Medical and sanitary report of the native army of Madras for the year
Year: 1875
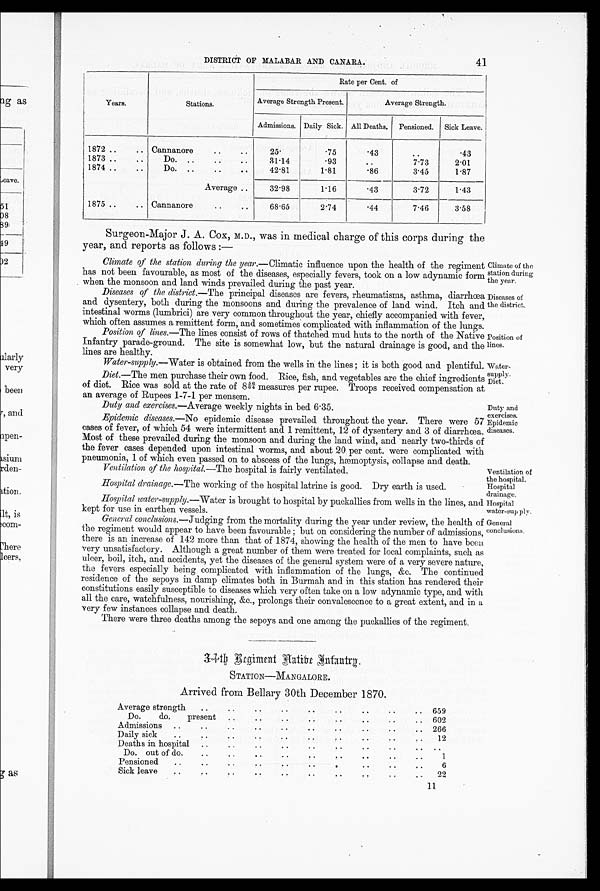
41
DISTRICT OF MALABAR AND CANARA.
Years.
Stations.
Rate per Cent. of
Average Strength Present.
Average Strength.
Admissions. Daily Sick. All Deaths.
Pensioned.
Sick Leave.
1872..
.. Cannanore..
..
2 5 .
.75
.43
..
.43
1873..
..
Do. ....
..
31.14
.93
..
7.73
2.01
1874..
..
Do. ....
..
42.81
1.81
.86
3.45
1.87
Average ..
32.98
1.16
.43
3.72
1.43
1875..... Cannanore..
68.65
2.74
.44
7.46
3.58
Surgeon-Major J. A. Cox, M.D., was in medical charge of this corps during the
year, and reports as follows :—
Climate of the station during the year. —Climatic influence upon the health of the regiment
has not been favourable, as most of the diseases, especially fevers, took on a low adynamic form
when the monsoon and land winds prevailed during the past year.
Diseases of the district. —The principal diseases are fevers, rheumatisms, asthma, diarrhœa
and dysentery, both during the monsoons and during the prevalence of land wind. Itch and
intestinal worms (lumbrici) are very common throughout the year, chiefly accompanied with fever,
which often assumes a remittent form, and sometimes complicated with inflammation of the lungs.
Position of lines.—The lines consist of rows of thatched mud huts to the north of the Native
Infantry parade-ground. The site is somewhat low, but the natural drainage is good, and the
lines are healthy.
Water-supply.—Water is obtained from the wells in: the lines ; it is both good and plentiful.
Diet.— The men purchase their own food. Rice, fish, and vegetables are the chief ingredients
of diet. Rice was sold at the rate of 8 5/6 6/4 measures per rupee. Troops received compensation at
an average of Rupees 1-7-1 per mensem.
Duty and exercises.—Average weekly nights in bed 6.35.
Epidemic diseases.—No epidemic disease prevailed throughout the year. There were 57
cases of fever, of which 54 were intermittent and 1 remittent, 12 of dysentery and 3 of diarrhœa.
Most of these prevailed during the monsoon and during the land wind, and nearly two-thirds of
the fever cases depended upon intestinal worms, and about 20 per cent. were complicated with
pneumonia, 1 of which even passed on to abscess of the lungs, hæmoptysis, collapse and death.
Ventilation of the hospital.—The hospital is fairly ventilated.
Hospital drainage.—The working of the hospital latrine is good. Dry earth is used.
Hospital water-supply.— Water is brought to hospital by puckallies from wells in the lines, and
kept for use in earthen vessels.
General conclusions.—Judging from the mortality during the year under review, the health of
the regiment would appear to have been favourable ; but on considering the number of admissions,
there is an increase of 142 more than that of 1874, showing the health of the men to have been
very unsatisfactory. Although a great number of them were treated for local complaints, such as
ulcer, boil, itch, and accidents, yet the diseases of the general system were of a very severe nature,
the fevers especially being complicated with inflammation of the lungs, &c. The continued
residence of the sepoys in damp climates both in Burmah and in this station has rendered their
constitutions easily susceptible to diseases which very often take on a low adynamic type, and with
all the care, watchfulness, nourishing, &c., prolongs their convalescence to a great extent, and in a
very few instances collapse and death.
There were three deaths among the sepoys and one among the puckallies of the regiment.
3 4 t h R e g i m e n t N a t i v e I
n f a n t r y .
STATION—MANGALORE.
Arrived from Bellary 30th December 1870.
Average strength
..
..
..
..
..
..
..
..
659
Do.
do.
present
....
602
Admissions
..
..
..
..
..
..
..
..
266
Daily sick
..
..
..
12
Deaths in hospital
..
..
..
..
..
..
..
.
. .
Do. out of do.
..
..
..
..
..
..
..
..
1
Pensioned..
..
..
..
..
6
Sick leave
..
..
..
..
. .
. . .
22
11
Climate of the
station during
the year.
Diseases of
the district.
Position of
lines.
Water-
supply.
Diet.
Duty and
exercises.
Epidemic
diseases.
Ventilation of
the hospital.
Hospital
drainage.
Hospital
water-supply.
General
conclusions.